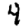
Digit: 4